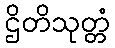
ဌိတိသုတ္တံ